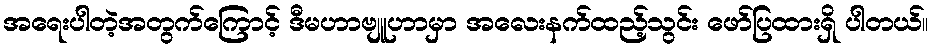
အရေးပါတဲ့အတွက်ကြောင့် ဒီမဟာဗျူဟာမှာ အလေးနက်ထည့်သွင်း ဖော်ပြထားရှိ ပါတယ်။